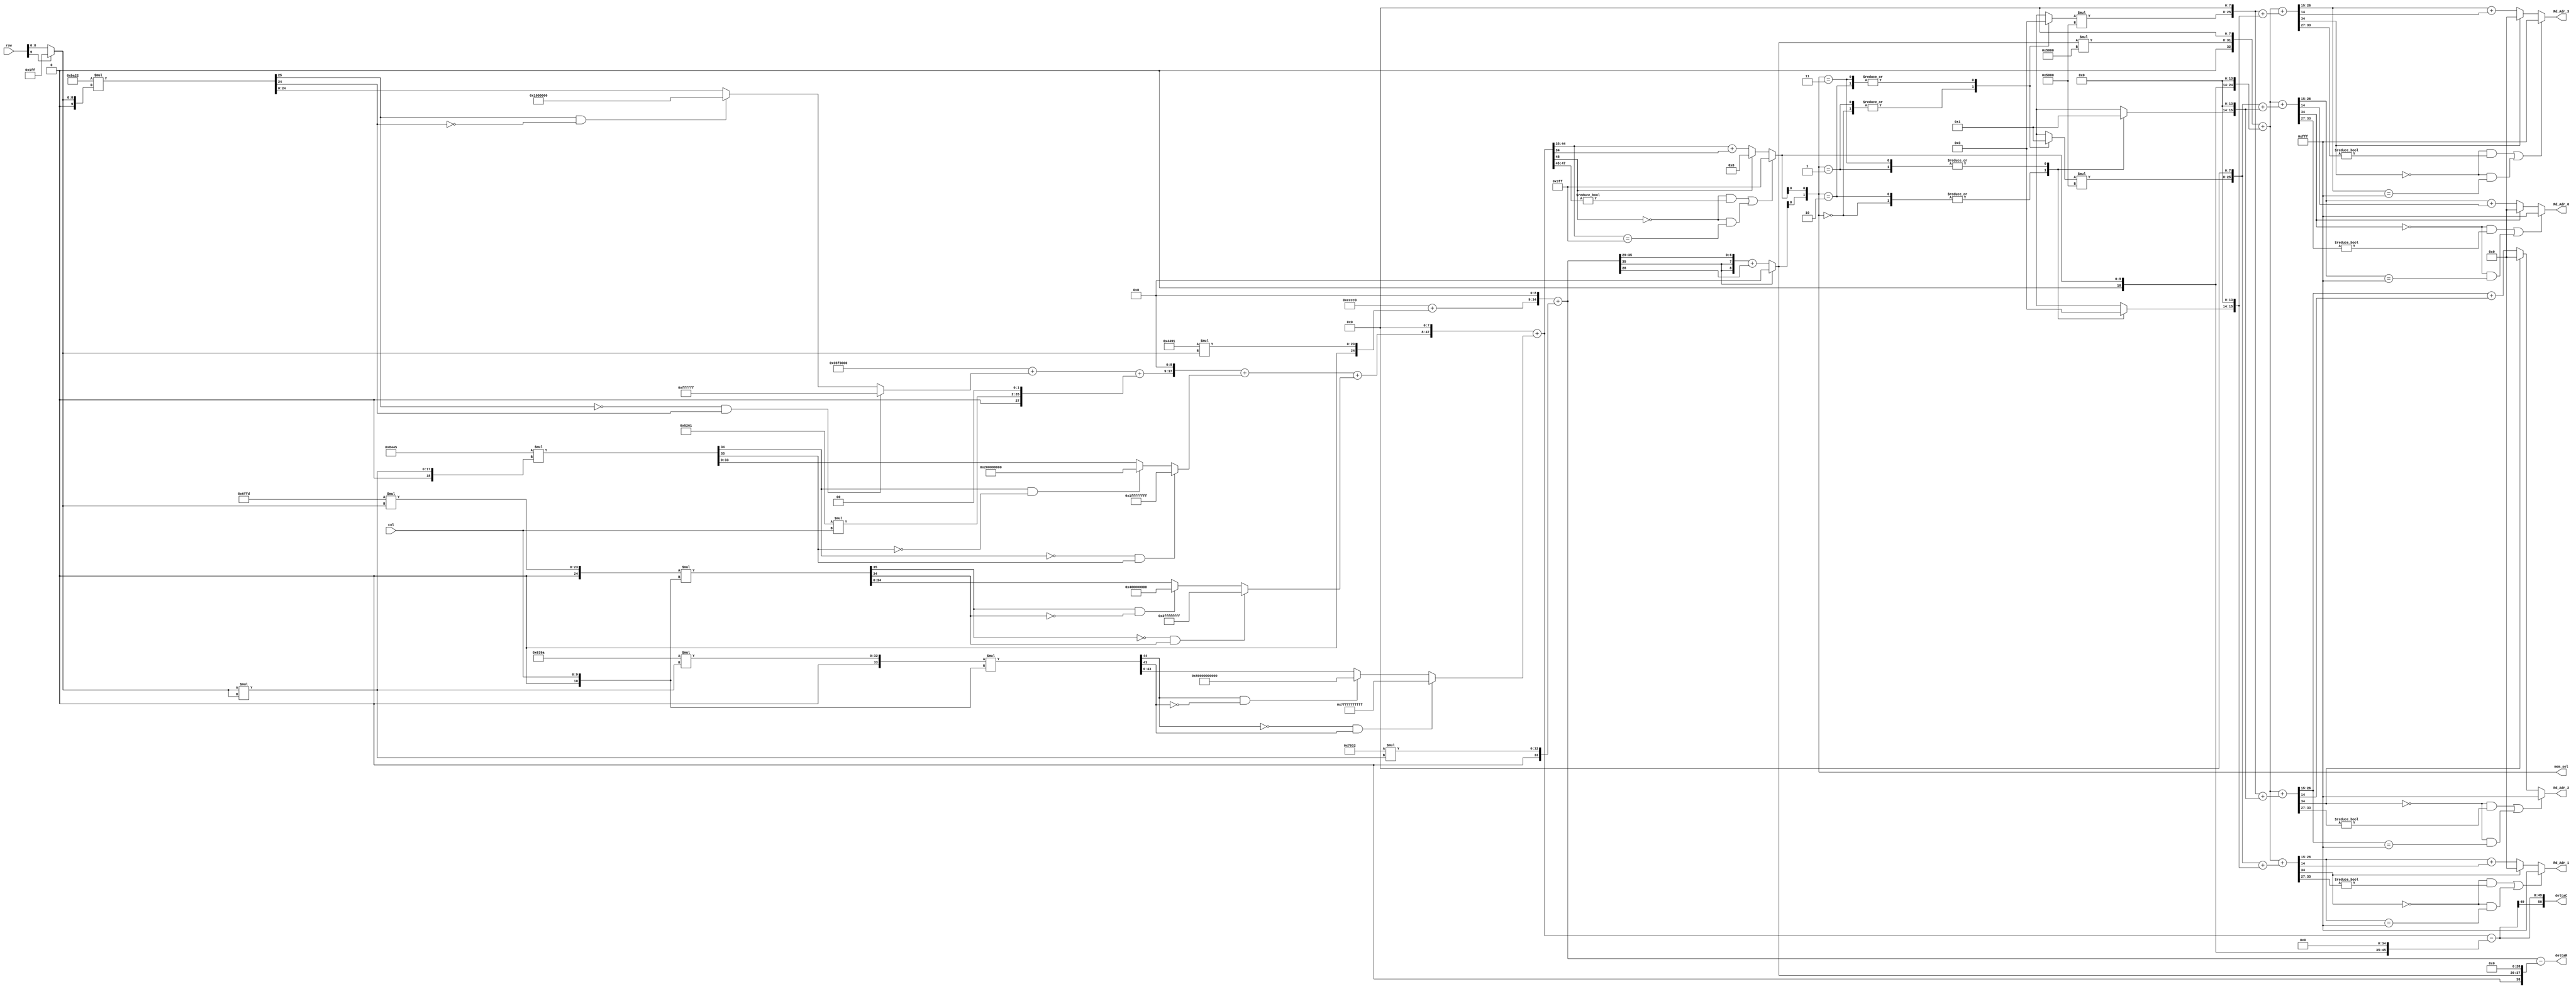
// -------------------------------------------------------------
// 
// 
// Generated by MATLAB 9.6 and HDL Coder 3.14
// 
// -------------------------------------------------------------


// -------------------------------------------------------------
// 
// Module: BirdEyeViewImproved_ip_src_Line_Buffer_Read_Address
// Source Path: BirdEyeView_Bilinear_V1/IP_Core/Line_Buffer_Read_Address
// Hierarchy Level: 1
// 
// -------------------------------------------------------------

`timescale 1 ns / 1 ns

module BirdEyeViewImproved_ip_src_Line_Buffer_Read_Address
          (col,
           row,
           Rd_Adr_0,
           Rd_Adr_1,
           Rd_Adr_2,
           Rd_Adr_3,
           mem_sel,
           deltaR,
           deltaC);


  input   [9:0] col;  // ufix10
  input   [9:0] row;  // ufix10
  output  [11:0] Rd_Adr_0;  // ufix12
  output  [11:0] Rd_Adr_1;  // ufix12
  output  [11:0] Rd_Adr_2;  // ufix12
  output  [11:0] Rd_Adr_3;  // ufix12
  output  [1:0] mem_sel;  // ufix2
  output  signed [39:0] deltaR;  // sfix40_En29
  output  signed [50:0] deltaC;  // sfix51_En35


  reg [11:0] Rd_Adr_0_1;  // ufix12
  reg [11:0] Rd_Adr_1_1;  // ufix12
  reg [11:0] Rd_Adr_2_1;  // ufix12
  reg [11:0] Rd_Adr_3_1;  // ufix12
  reg [1:0] mem_sel_1;  // ufix2
  reg signed [39:0] deltaR_1;  // sfix40_En29
  reg signed [50:0] deltaC_1;  // sfix51_En35
  reg [1:0] mem_sel1;  // ufix2
  reg [8:0] r_in;  // ufix9
  reg signed [48:0] col_adr;  // sfix49_En35
  reg signed [35:0] row_adr;  // sfix36_En29
  reg [8:0] row_adr_fi;  // ufix9
  reg [9:0] col_adr_fi;  // ufix10
  reg signed [33:0] Base_Adr;  // sfix34_En15
  reg signed [1:0] A0r;  // sfix2
  reg signed [1:0] A0c;  // sfix2
  reg signed [1:0] A1r;  // sfix2
  reg signed [1:0] A1c;  // sfix2
  reg signed [1:0] A2r;  // sfix2
  reg signed [1:0] A2c;  // sfix2
  reg signed [1:0] A3r;  // sfix2
  reg signed [1:0] A3c;  // sfix2
  reg signed [26:0] A0;  // sfix27_En15
  reg signed [26:0] A1;  // sfix27_En15
  reg signed [26:0] A2;  // sfix27_En15
  reg signed [26:0] A3;  // sfix27_En15
  reg [17:0] y;  // ufix18
  reg [17:0] y_0;  // ufix18
  reg [17:0] y_1;  // ufix18
  reg signed [9:0] cast;  // sfix10
  reg signed [25:0] mul_temp;  // sfix26_En18
  reg signed [24:0] add_cast;  // sfix25_En18
  reg signed [27:0] add_cast_0;  // sfix28_En18
  reg signed [27:0] add_temp;  // sfix28_En18
  reg signed [28:0] add_cast_1;  // sfix29_En18
  reg signed [10:0] cast_0;  // sfix11
  reg signed [26:0] mul_temp_0;  // sfix27_En16
  reg signed [25:0] add_cast_2;  // sfix26_En16
  reg signed [28:0] add_cast_3;  // sfix29_En18
  reg signed [28:0] add_temp_0;  // sfix29_En18
  reg signed [38:0] add_cast_4;  // sfix39_En27
  reg signed [18:0] cast_1;  // sfix19
  reg signed [34:0] mul_temp_1;  // sfix35_En27
  reg signed [33:0] add_cast_5;  // sfix34_En27
  reg signed [38:0] add_cast_6;  // sfix39_En27
  reg signed [38:0] add_temp_1;  // sfix39_En27
  reg signed [39:0] add_cast_7;  // sfix40_En27
  reg signed [9:0] cast_2;  // sfix10
  reg signed [25:0] mul_temp_2;  // sfix26_En27
  reg signed [24:0] cast_3;  // sfix25_En27
  reg signed [10:0] cast_4;  // sfix11
  reg signed [35:0] mul_temp_3;  // sfix36_En27
  reg signed [34:0] add_cast_8;  // sfix35_En27
  reg signed [39:0] add_cast_9;  // sfix40_En27
  reg signed [39:0] add_temp_2;  // sfix40_En27
  reg signed [48:0] add_cast_10;  // sfix49_En35
  reg signed [18:0] cast_5;  // sfix19
  reg signed [34:0] mul_temp_4;  // sfix35_En35
  reg signed [33:0] cast_6;  // sfix34_En35
  reg signed [10:0] cast_7;  // sfix11
  reg signed [44:0] mul_temp_5;  // sfix45_En35
  reg signed [43:0] add_cast_11;  // sfix44_En35
  reg signed [48:0] add_cast_12;  // sfix49_En35
  reg signed [9:0] cast_8;  // sfix10
  reg signed [25:0] mul_temp_6;  // sfix26_En20
  reg signed [24:0] add_cast_13;  // sfix25_En20
  reg signed [25:0] add_cast_14;  // sfix26_En20
  reg signed [25:0] add_temp_3;  // sfix26_En20
  reg signed [35:0] add_cast_15;  // sfix36_En29
  reg signed [18:0] cast_9;  // sfix19
  reg signed [34:0] mul_temp_7;  // sfix35_En29
  reg signed [33:0] add_cast_16;  // sfix34_En29
  reg signed [35:0] add_cast_17;  // sfix36_En29
  reg signed [39:0] sub_cast;  // sfix40_En29
  reg signed [39:0] sub_cast_0;  // sfix40_En29
  reg signed [50:0] sub_cast_1;  // sfix51_En35
  reg signed [50:0] sub_cast_2;  // sfix51_En35
  reg signed [9:0] cast_10;  // sfix10
  reg signed [25:0] mul_temp_8;  // sfix26_En7
  reg signed [24:0] add_cast_18;  // sfix25_En7
  reg signed [33:0] add_cast_19;  // sfix34_En15
  reg signed [10:0] add_cast_20;  // sfix11_En1
  reg signed [26:0] add_cast_21;  // sfix27_En15
  reg signed [25:0] add_cast_22;  // sfix26_En15
  reg signed [33:0] add_cast_23;  // sfix34_En15
  reg signed [17:0] mul_temp_9;  // sfix18_En7
  reg signed [26:0] add_cast_24;  // sfix27_En15
  reg signed [17:0] add_cast_25;  // sfix18_En15
  reg signed [26:0] add_cast_26;  // sfix27_En15
  reg signed [17:0] mul_temp_10;  // sfix18_En7
  reg signed [26:0] add_cast_27;  // sfix27_En15
  reg signed [17:0] add_cast_28;  // sfix18_En15
  reg signed [26:0] add_cast_29;  // sfix27_En15
  reg signed [17:0] mul_temp_11;  // sfix18_En7
  reg signed [26:0] add_cast_30;  // sfix27_En15
  reg signed [17:0] add_cast_31;  // sfix18_En15
  reg signed [26:0] add_cast_32;  // sfix27_En15
  reg signed [17:0] mul_temp_12;  // sfix18_En7
  reg signed [26:0] add_cast_33;  // sfix27_En15
  reg signed [17:0] add_cast_34;  // sfix18_En15
  reg signed [26:0] add_cast_35;  // sfix27_En15
  reg signed [34:0] add_cast_36;  // sfix35_En15
  reg signed [34:0] add_cast_37;  // sfix35_En15
  reg signed [34:0] add_temp_4;  // sfix35_En15
  reg signed [34:0] add_cast_38;  // sfix35_En15
  reg signed [34:0] add_cast_39;  // sfix35_En15
  reg signed [34:0] add_temp_5;  // sfix35_En15
  reg signed [34:0] add_cast_40;  // sfix35_En15
  reg signed [34:0] add_cast_41;  // sfix35_En15
  reg signed [34:0] add_temp_6;  // sfix35_En15
  reg signed [34:0] add_cast_42;  // sfix35_En15
  reg signed [34:0] add_cast_43;  // sfix35_En15
  reg signed [34:0] add_temp_7;  // sfix35_En15


  always @(col, row) begin
    // r_in = double(r);
    // c_in = double(c);
    // col_adr = (216.3 - 0.06823*r_in + 0.3218*c_in - 0.000236*r_in^2 + 0.0002136*r_in*c_in + 0.0000007421*r_in^2*c_in);
    // row_adr = (196.8 + 0.01674*r_in + 5.779e-05*r_in^2);
    // Fixed-point 24-bit implementation
    if (row[9] != 1'b0) begin
      r_in = 9'b111111111;
    end
    else begin
      r_in = row[8:0];
    end
    // c1 = fi(216.3);
    //-0.5 for flooring
    y = r_in * r_in;
    y_0 = r_in * r_in;
    cast = {1'b0, r_in};
    mul_temp = 16'sb1011101000100010 * cast;
    if ((mul_temp[25] == 1'b0) && (mul_temp[24] != 1'b0)) begin
      add_cast = 25'sb0111111111111111111111111;
    end
    else if ((mul_temp[25] == 1'b1) && (mul_temp[24] != 1'b1)) begin
      add_cast = 25'sb1000000000000000000000000;
    end
    else begin
      add_cast = mul_temp[24:0];
    end
    add_cast_0 = {{3{add_cast[24]}}, add_cast};
    add_temp = 28'sb0011010111110011000000000000 + add_cast_0;
    add_cast_1 = {add_temp[27], add_temp};
    cast_0 = {1'b0, col};
    mul_temp_0 = 16'sb0101001001100001 * cast_0;
    if ((mul_temp_0[26] == 1'b0) && (mul_temp_0[25] != 1'b0)) begin
      add_cast_2 = 26'sb01111111111111111111111111;
    end
    else if ((mul_temp_0[26] == 1'b1) && (mul_temp_0[25] != 1'b1)) begin
      add_cast_2 = 26'sb10000000000000000000000000;
    end
    else begin
      add_cast_2 = mul_temp_0[25:0];
    end
    add_cast_3 = {add_cast_2[25], {add_cast_2, 2'b00}};
    add_temp_0 = add_cast_1 + add_cast_3;
    add_cast_4 = {add_temp_0[28], {add_temp_0, 9'b000000000}};
    cast_1 = {1'b0, y};
    mul_temp_1 = 16'sb1000010001000101 * cast_1;
    if ((mul_temp_1[34] == 1'b0) && (mul_temp_1[33] != 1'b0)) begin
      add_cast_5 = 34'sh1FFFFFFFF;
    end
    else if ((mul_temp_1[34] == 1'b1) && (mul_temp_1[33] != 1'b1)) begin
      add_cast_5 = 34'sh200000000;
    end
    else begin
      add_cast_5 = mul_temp_1[33:0];
    end
    add_cast_6 = {{5{add_cast_5[33]}}, add_cast_5};
    add_temp_1 = add_cast_4 + add_cast_6;
    add_cast_7 = {add_temp_1[38], add_temp_1};
    cast_2 = {1'b0, r_in};
    mul_temp_2 = 16'sb0110111111111101 * cast_2;
    if ((mul_temp_2[25] == 1'b0) && (mul_temp_2[24] != 1'b0)) begin
      cast_3 = 25'sb0111111111111111111111111;
    end
    else if ((mul_temp_2[25] == 1'b1) && (mul_temp_2[24] != 1'b1)) begin
      cast_3 = 25'sb1000000000000000000000000;
    end
    else begin
      cast_3 = mul_temp_2[24:0];
    end
    cast_4 = {1'b0, col};
    mul_temp_3 = cast_3 * cast_4;
    if ((mul_temp_3[35] == 1'b0) && (mul_temp_3[34] != 1'b0)) begin
      add_cast_8 = 35'sh3FFFFFFFF;
    end
    else if ((mul_temp_3[35] == 1'b1) && (mul_temp_3[34] != 1'b1)) begin
      add_cast_8 = 35'sh400000000;
    end
    else begin
      add_cast_8 = mul_temp_3[34:0];
    end
    add_cast_9 = {{5{add_cast_8[34]}}, add_cast_8};
    add_temp_2 = add_cast_7 + add_cast_9;
    add_cast_10 = {add_temp_2[39], {add_temp_2, 8'b00000000}};
    cast_5 = {1'b0, y_0};
    mul_temp_4 = 16'sb0110001110011010 * cast_5;
    if ((mul_temp_4[34] == 1'b0) && (mul_temp_4[33] != 1'b0)) begin
      cast_6 = 34'sh1FFFFFFFF;
    end
    else if ((mul_temp_4[34] == 1'b1) && (mul_temp_4[33] != 1'b1)) begin
      cast_6 = 34'sh200000000;
    end
    else begin
      cast_6 = mul_temp_4[33:0];
    end
    cast_7 = {1'b0, col};
    mul_temp_5 = cast_6 * cast_7;
    if ((mul_temp_5[44] == 1'b0) && (mul_temp_5[43] != 1'b0)) begin
      add_cast_11 = 44'sh7FFFFFFFFFF;
    end
    else if ((mul_temp_5[44] == 1'b1) && (mul_temp_5[43] != 1'b1)) begin
      add_cast_11 = 44'sh80000000000;
    end
    else begin
      add_cast_11 = mul_temp_5[43:0];
    end
    add_cast_12 = {{5{add_cast_11[43]}}, add_cast_11};
    col_adr = add_cast_10 + add_cast_12;
    // col_adr = c_in*c7;
    // r1 = fi(196.8);
    // r1 = fi(0.3);%-0.5 for flooring
    y_1 = r_in * r_in;
    cast_8 = {1'b0, r_in};
    mul_temp_6 = 16'sb0100010010010001 * cast_8;
    if ((mul_temp_6[25] == 1'b0) && (mul_temp_6[24] != 1'b0)) begin
      add_cast_13 = 25'sb0111111111111111111111111;
    end
    else if ((mul_temp_6[25] == 1'b1) && (mul_temp_6[24] != 1'b1)) begin
      add_cast_13 = 25'sb1000000000000000000000000;
    end
    else begin
      add_cast_13 = mul_temp_6[24:0];
    end
    add_cast_14 = {add_cast_13[24], add_cast_13};
    add_temp_3 = 26'sb00000011001100110011000000 + add_cast_14;
    add_cast_15 = {add_temp_3[25], {add_temp_3, 9'b000000000}};
    cast_9 = {1'b0, y_1};
    mul_temp_7 = 16'sb0111100100110010 * cast_9;
    if ((mul_temp_7[34] == 1'b0) && (mul_temp_7[33] != 1'b0)) begin
      add_cast_16 = 34'sh1FFFFFFFF;
    end
    else if ((mul_temp_7[34] == 1'b1) && (mul_temp_7[33] != 1'b1)) begin
      add_cast_16 = 34'sh200000000;
    end
    else begin
      add_cast_16 = mul_temp_7[33:0];
    end
    add_cast_17 = {{2{add_cast_16[33]}}, add_cast_16};
    row_adr = add_cast_15 + add_cast_17;
    // row_adr = r_in*r4;
    if (row_adr[35] == 1'b1) begin
      row_adr_fi = 9'b000000000;
    end
    else begin
      row_adr_fi = ({{2{row_adr[35]}}, row_adr[35:29]}) + $signed({1'b0, row_adr[28]});
    end
    if (((col_adr[48] == 1'b0) && (col_adr[47:45] != 3'b000)) || ((col_adr[48] == 1'b0) && (col_adr[44:35] == 10'b1111111111))) begin
      col_adr_fi = 10'b1111111111;
    end
    else if (col_adr[48] == 1'b1) begin
      col_adr_fi = 10'b0000000000;
    end
    else begin
      col_adr_fi = col_adr[44:35] + col_adr[34];
    end
    sub_cast = {{4{row_adr[35]}}, row_adr};
    sub_cast_0 = {2'b0, {row_adr_fi, 29'b00000000000000000000000000000}};
    deltaR_1 = sub_cast - sub_cast_0;
    sub_cast_1 = {{2{col_adr[48]}}, col_adr};
    sub_cast_2 = {6'b0, {col_adr_fi, 35'b00000000000000000000000000000000000}};
    deltaC_1 = sub_cast_1 - sub_cast_2;
    mem_sel1 = {row_adr_fi[0], col_adr_fi[0]};
    cast_10 = {1'b0, row_adr_fi};
    mul_temp_8 = cast_10 * 16'sb0101000000000000;
    if ((mul_temp_8[25] == 1'b0) && (mul_temp_8[24] != 1'b0)) begin
      add_cast_18 = 25'sb0111111111111111111111111;
    end
    else if ((mul_temp_8[25] == 1'b1) && (mul_temp_8[24] != 1'b1)) begin
      add_cast_18 = 25'sb1000000000000000000000000;
    end
    else begin
      add_cast_18 = mul_temp_8[24:0];
    end
    add_cast_19 = {add_cast_18[24], {add_cast_18, 8'b00000000}};
    add_cast_20 = {1'b0, col_adr_fi};
    add_cast_21 = {{2{add_cast_20[10]}}, {add_cast_20, 14'b00000000000000}};
    if ((add_cast_21[26] == 1'b0) && (add_cast_21[25] != 1'b0)) begin
      add_cast_22 = 26'sb01111111111111111111111111;
    end
    else if ((add_cast_21[26] == 1'b1) && (add_cast_21[25] != 1'b1)) begin
      add_cast_22 = 26'sb10000000000000000000000000;
    end
    else begin
      add_cast_22 = add_cast_21[25:0];
    end
    add_cast_23 = {{8{add_cast_22[25]}}, add_cast_22};
    Base_Adr = add_cast_19 + add_cast_23;
    case ( mem_sel1)
      2'b00 :
        begin
          A0r = 2'sb00;
          A0c = 2'sb00;
          A1r = 2'sb00;
          A1c = 2'sb00;
          A2r = 2'sb00;
          A2c = 2'sb00;
          A3r = 2'sb00;
          A3c = 2'sb00;
        end
      2'b01 :
        begin
          A0r = 2'sb00;
          A0c = 2'sb01;
          A1r = 2'sb00;
          A1c = 2'sb11;
          A2r = 2'sb00;
          A2c = 2'sb01;
          A3r = 2'sb00;
          A3c = 2'sb11;
        end
      2'b10 :
        begin
          A0r = 2'sb01;
          A0c = 2'sb00;
          A1r = 2'sb01;
          A1c = 2'sb00;
          A2r = 2'sb11;
          A2c = 2'sb00;
          A3r = 2'sb11;
          A3c = 2'sb00;
        end
      2'b11 :
        begin
          A0r = 2'sb01;
          A0c = 2'sb01;
          A1r = 2'sb01;
          A1c = 2'sb11;
          A2r = 2'sb11;
          A2c = 2'sb01;
          A3r = 2'sb11;
          A3c = 2'sb11;
        end
      default :
        begin
          A0r = 2'sb00;
          A0c = 2'sb00;
          A1r = 2'sb00;
          A1c = 2'sb00;
          A2r = 2'sb00;
          A2c = 2'sb00;
          A3r = 2'sb00;
          A3c = 2'sb00;
        end
    endcase
    mul_temp_9 = A0r * 16'sb0101000000000000;
    add_cast_24 = {mul_temp_9[17], {mul_temp_9, 8'b00000000}};
    add_cast_25 = {{2{A0c[1]}}, {A0c, 14'b00000000000000}};
    add_cast_26 = {{9{add_cast_25[17]}}, add_cast_25};
    A0 = add_cast_24 + add_cast_26;
    mul_temp_10 = A1r * 16'sb0101000000000000;
    add_cast_27 = {mul_temp_10[17], {mul_temp_10, 8'b00000000}};
    add_cast_28 = {{2{A1c[1]}}, {A1c, 14'b00000000000000}};
    add_cast_29 = {{9{add_cast_28[17]}}, add_cast_28};
    A1 = add_cast_27 + add_cast_29;
    mul_temp_11 = A2r * 16'sb0101000000000000;
    add_cast_30 = {mul_temp_11[17], {mul_temp_11, 8'b00000000}};
    add_cast_31 = {{2{A2c[1]}}, {A2c, 14'b00000000000000}};
    add_cast_32 = {{9{add_cast_31[17]}}, add_cast_31};
    A2 = add_cast_30 + add_cast_32;
    mul_temp_12 = A3r * 16'sb0101000000000000;
    add_cast_33 = {mul_temp_12[17], {mul_temp_12, 8'b00000000}};
    add_cast_34 = {{2{A3c[1]}}, {A3c, 14'b00000000000000}};
    add_cast_35 = {{9{add_cast_34[17]}}, add_cast_34};
    A3 = add_cast_33 + add_cast_35;
    add_cast_36 = {Base_Adr[33], Base_Adr};
    add_cast_37 = {{8{A0[26]}}, A0};
    add_temp_4 = add_cast_36 + add_cast_37;
    if (((add_temp_4[34] == 1'b0) && (add_temp_4[33:27] != 7'b0000000)) || ((add_temp_4[34] == 1'b0) && (add_temp_4[26:15] == 12'b111111111111))) begin
      Rd_Adr_0_1 = 12'b111111111111;
    end
    else if (add_temp_4[34] == 1'b1) begin
      Rd_Adr_0_1 = 12'b000000000000;
    end
    else begin
      Rd_Adr_0_1 = add_temp_4[26:15] + add_temp_4[14];
    end
    add_cast_38 = {Base_Adr[33], Base_Adr};
    add_cast_39 = {{8{A1[26]}}, A1};
    add_temp_5 = add_cast_38 + add_cast_39;
    if (((add_temp_5[34] == 1'b0) && (add_temp_5[33:27] != 7'b0000000)) || ((add_temp_5[34] == 1'b0) && (add_temp_5[26:15] == 12'b111111111111))) begin
      Rd_Adr_1_1 = 12'b111111111111;
    end
    else if (add_temp_5[34] == 1'b1) begin
      Rd_Adr_1_1 = 12'b000000000000;
    end
    else begin
      Rd_Adr_1_1 = add_temp_5[26:15] + add_temp_5[14];
    end
    add_cast_40 = {Base_Adr[33], Base_Adr};
    add_cast_41 = {{8{A2[26]}}, A2};
    add_temp_6 = add_cast_40 + add_cast_41;
    if (((add_temp_6[34] == 1'b0) && (add_temp_6[33:27] != 7'b0000000)) || ((add_temp_6[34] == 1'b0) && (add_temp_6[26:15] == 12'b111111111111))) begin
      Rd_Adr_2_1 = 12'b111111111111;
    end
    else if (add_temp_6[34] == 1'b1) begin
      Rd_Adr_2_1 = 12'b000000000000;
    end
    else begin
      Rd_Adr_2_1 = add_temp_6[26:15] + add_temp_6[14];
    end
    add_cast_42 = {Base_Adr[33], Base_Adr};
    add_cast_43 = {{8{A3[26]}}, A3};
    add_temp_7 = add_cast_42 + add_cast_43;
    if (((add_temp_7[34] == 1'b0) && (add_temp_7[33:27] != 7'b0000000)) || ((add_temp_7[34] == 1'b0) && (add_temp_7[26:15] == 12'b111111111111))) begin
      Rd_Adr_3_1 = 12'b111111111111;
    end
    else if (add_temp_7[34] == 1'b1) begin
      Rd_Adr_3_1 = 12'b000000000000;
    end
    else begin
      Rd_Adr_3_1 = add_temp_7[26:15] + add_temp_7[14];
    end
    //Memory Size = 25*160=4000(=2^12)
    mem_sel_1 = mem_sel1;
  end



  assign Rd_Adr_0 = Rd_Adr_0_1;

  assign Rd_Adr_1 = Rd_Adr_1_1;

  assign Rd_Adr_2 = Rd_Adr_2_1;

  assign Rd_Adr_3 = Rd_Adr_3_1;

  assign mem_sel = mem_sel_1;

  assign deltaR = deltaR_1;

  assign deltaC = deltaC_1;

endmodule  // BirdEyeViewImproved_ip_src_Line_Buffer_Read_Address